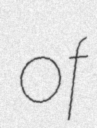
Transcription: of